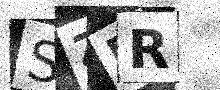
Text: SZER